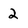
Character: 2